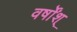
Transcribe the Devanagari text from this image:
वर्षोंश्